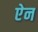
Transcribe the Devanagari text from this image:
एेन